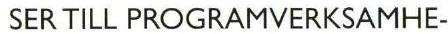
 SER TILL PROGRAMVERKSAMHE-